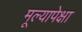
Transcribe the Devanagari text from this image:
मूल्यापेक्षा